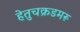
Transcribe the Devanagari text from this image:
हेतुचक्रडमरू